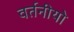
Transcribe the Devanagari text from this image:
वर्तनीयो